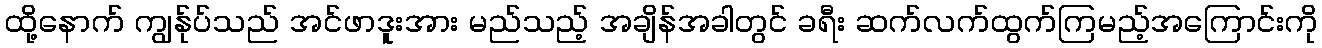
ထို့နောက် ကျွန်ုပ်သည် အင်ဖာဒူးအား မည်သည့် အချိန်အခါတွင် ခရီး ဆက်လက်ထွက်ကြမည့်အကြောင်းကို